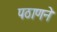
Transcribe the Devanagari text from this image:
पठाणने